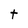
Character: t